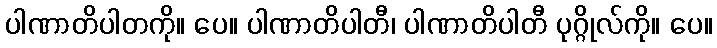
ပါဏာတိပါတကို။ ပေ။ ပါဏာတိပါတီ၊ ပါဏာတိပါတီ ပုဂ္ဂိုလ်ကို။ ပေ။